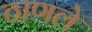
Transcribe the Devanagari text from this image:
ठाणले